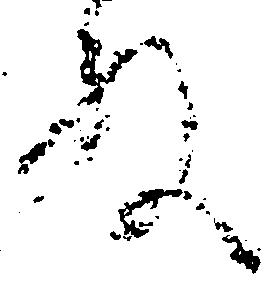
殿